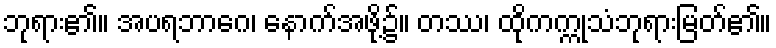
ဘုရား၏။ အပရဘာဂေ၊ နောက်အဖို့၌။ တဿ၊ ထိုကက္ကုသံဘုရားမြတ်၏။